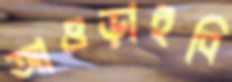
আওড়াইবি